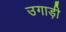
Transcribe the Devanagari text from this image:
उगाड़ी